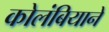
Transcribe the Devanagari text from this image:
कोलंबियाने